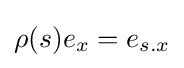
\rho (s)e_{x}=e_{s.x}